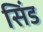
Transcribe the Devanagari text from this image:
सिंड